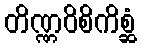
တိဏ္ဏဝိစိကိစ္ဆံ